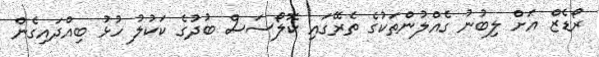
ރޯޑެޒް އަށް ލިބުނު ގެއްލުންތަކުގެ ތެރޭގައި ކޮލޯސަސް ބުދުގެ ކަކުލު ހުޅު ބިއްދައިގެން